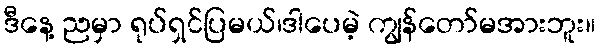
ဒီနေ့ ညမှာ ရုပ်ရှင်ပြမယ်၊ဒါပေမဲ့ ကျွန်တော်မအားဘူး။